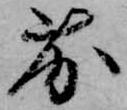
劣